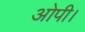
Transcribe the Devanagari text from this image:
ओपी।